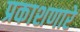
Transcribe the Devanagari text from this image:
प्रकाशणारे